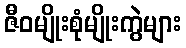
ဇီဝမျိုးစုံမျိုးကွဲများ